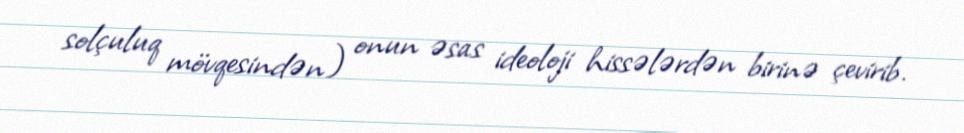
solçuluq mövqesindən) onun əsas ideoloji hissələrdən birinə çevirib.